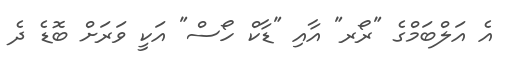
އެ އަލްބަމްގެ "ރޯރ" އާއި "ޑާކް ހޯސް" އަކީ ވަރަށް ބޮޑެ ދެ